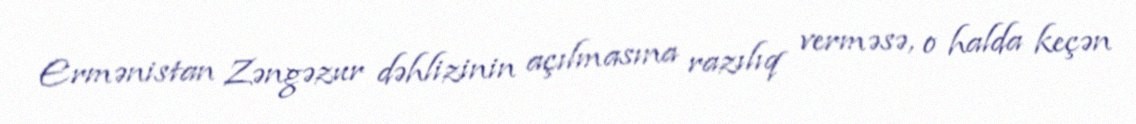
Ermənistan Zəngəzur dəhlizinin açılmasına razılıq verməsə, o halda keçən